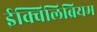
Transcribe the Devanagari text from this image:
ईक्विलिब्रियम